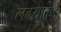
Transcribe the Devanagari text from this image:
लढय़ाकडे